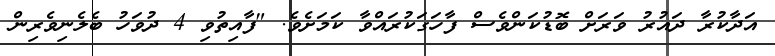
އަދާކުރާ ދައުރު ވަރަށް ބޮޑުކަންވެސް ފާހަގަކުރައްވާ ކަމަށެވެ. "ފާއިތުވި 4 ދުވަހު ބެލެނިވެރިން